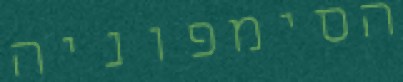
הסימפוניה